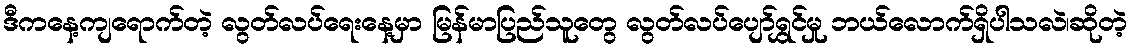
ဒီကနေ့ကျရောက်တဲ့ လွတ်လပ်ရေးနေ့မှာ မြန်မာပြည်သူတွေ လွတ်လပ်ပျော်ရွှင်မှု ဘယ်လောက်ရှိပါသလဲ၊ဆိုတဲ့